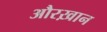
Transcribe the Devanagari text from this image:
औरख़ान